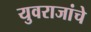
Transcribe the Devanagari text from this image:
युवराजांचे